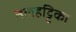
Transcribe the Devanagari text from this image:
तलहट्टिका